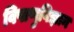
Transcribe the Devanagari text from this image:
विषाणुविज्ञान